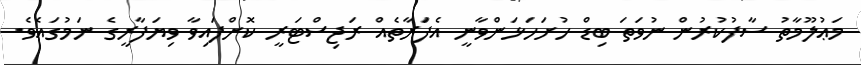
މަޢުލޫމާތު ސާފުކުރުން ނުވަތަ ބިޑް ހުށަހަޅަންވާނީ އެފަރާތެއް ރަޖިސްޓަރީ ކޮށްފައިވާ ވިޔަފާރީގެ ނަމުގައެވެ.